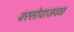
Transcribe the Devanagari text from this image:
वरसोवाजवळ